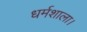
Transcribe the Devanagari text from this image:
धर्मशाला।